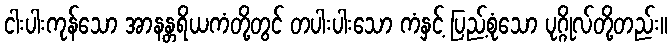
ငါးပါးကုန်သော အာနန္တရိယကံတို့တွင် တပါးပါးသော ကံနှင့် ပြည့်စုံသော ပုဂ္ဂိုလ်တို့တည်း။